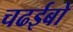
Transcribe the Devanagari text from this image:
चढईबो